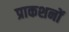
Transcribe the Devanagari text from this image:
प्राकशनों